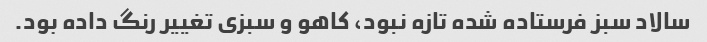
سالاد سبز فرستاده شده تازه نبود، کاهو و سبزى تغییر رنگ داده بود.